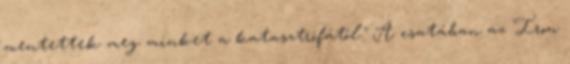
mentettek meg minket a katasztrófától." A csatában az Iron